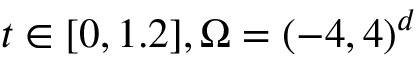
t \in [ 0 , 1 . 2 ] , \Omega = ( - 4 , 4 ) ^ { d }